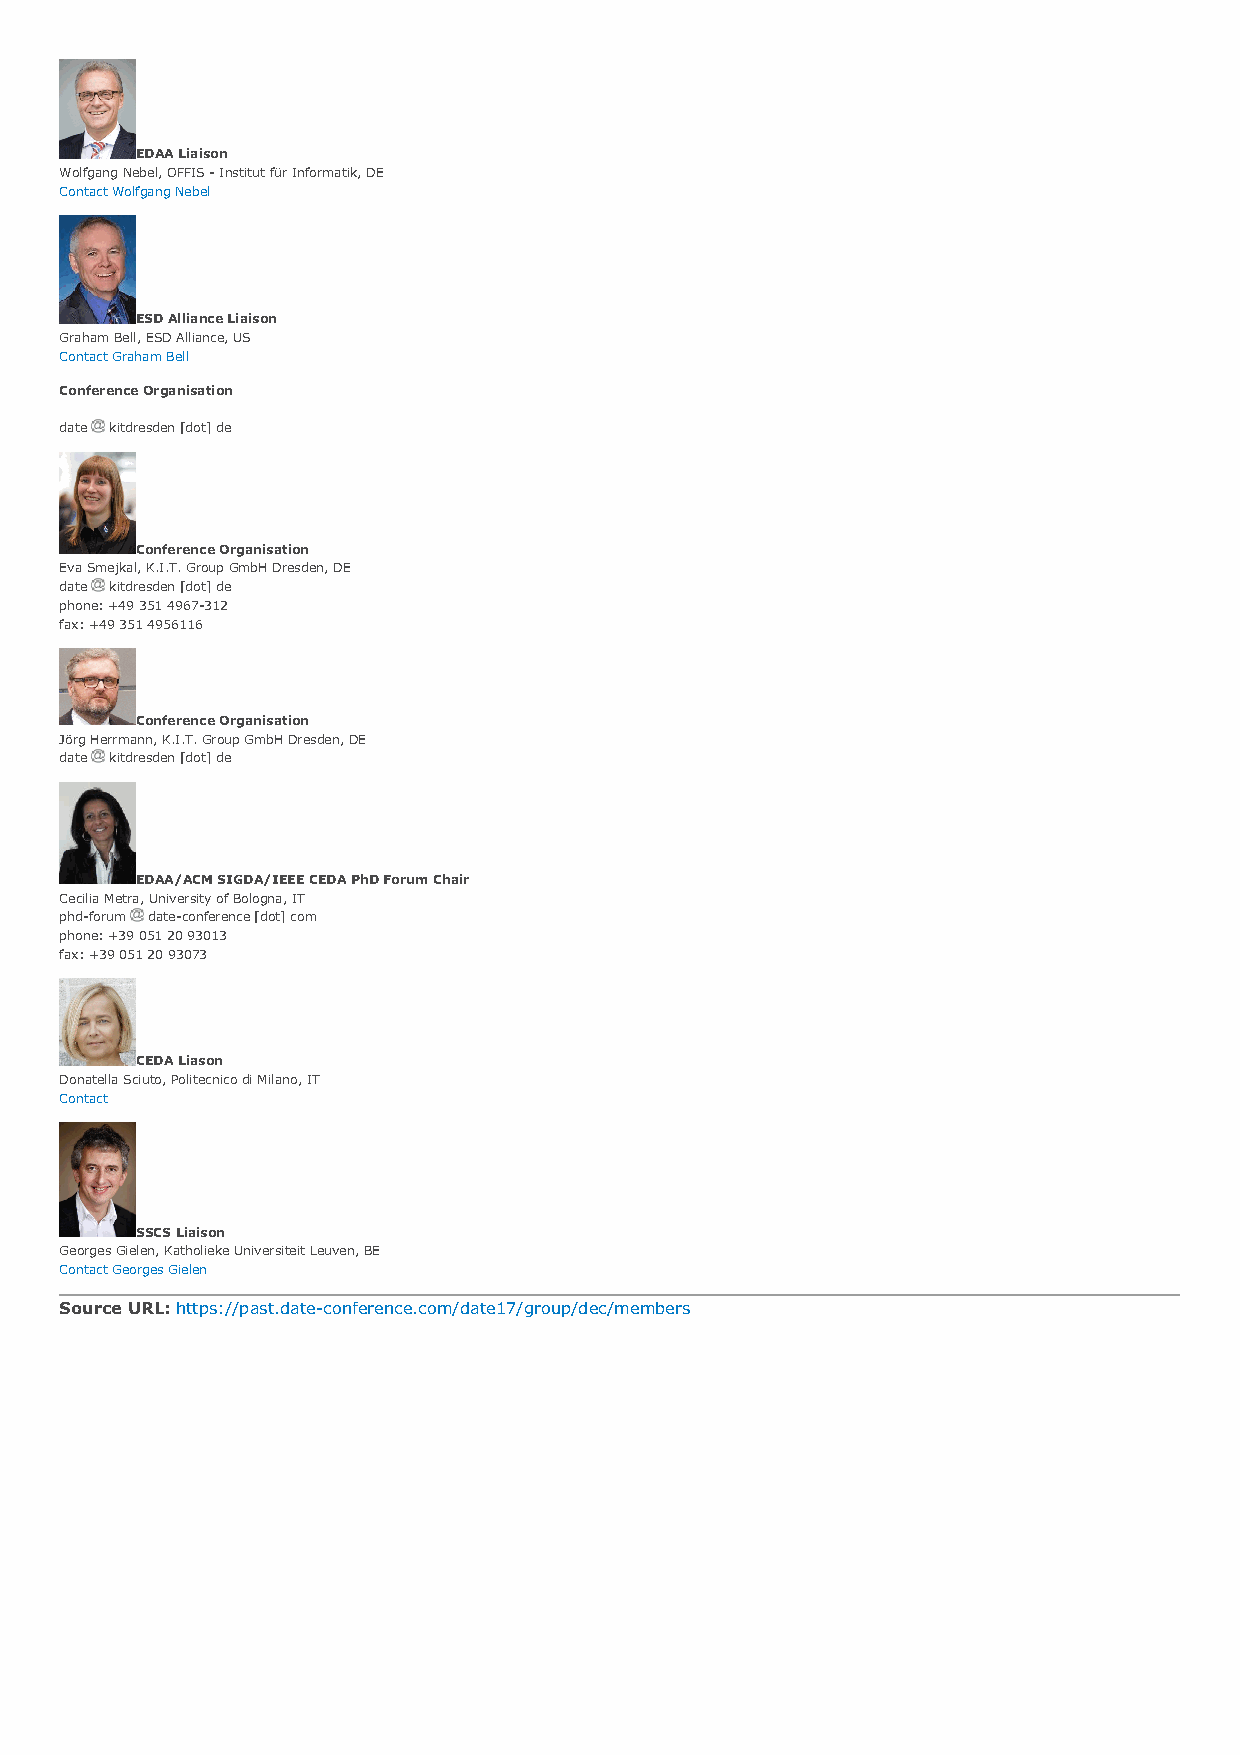
EDAA Liaison
 Wolfgang Nebel, OFFIS - Institut für Informatik, DE
 Contact Wolfgang Nebel
 ESD Alliance Liaison
 Graham Bell, ESD Alliance, US
 Contact Graham Bell
 Conference Organisation
 date kitdresden [dot] de
 Conference Organisation
 Eva Smejkal, K.I.T. Group GmbH Dresden, DE
 date kitdresden [dot] de
 phone: +49 351 4967-312
 fax: +49 351 4956116
 Conference Organisation
 Jörg Herrmann, K.I.T. Group GmbH Dresden, DE
 date kitdresden [dot] de
 EDAA/ACM SIGDA/IEEE CEDA PhD Forum Chair
 Cecilia Metra, University of Bologna, IT
 phd-forum date-conference [dot] com
 phone: +39 051 20 93013
 fax: +39 051 20 93073
 CEDA Liason
 Donatella Sciuto, Politecnico di Milano, IT
 Contact
 SSCS Liaison
 Georges Gielen, Katholieke Universiteit Leuven, BE
 Contact Georges Gielen
 Source URL: https://past.date-conference.com/date17/group/dec/members